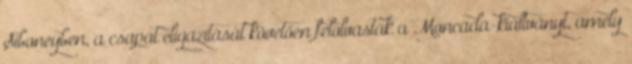
Siboneyben, a csapat eligazítását követően felolvasták a Moncada-kiáltványt, amely